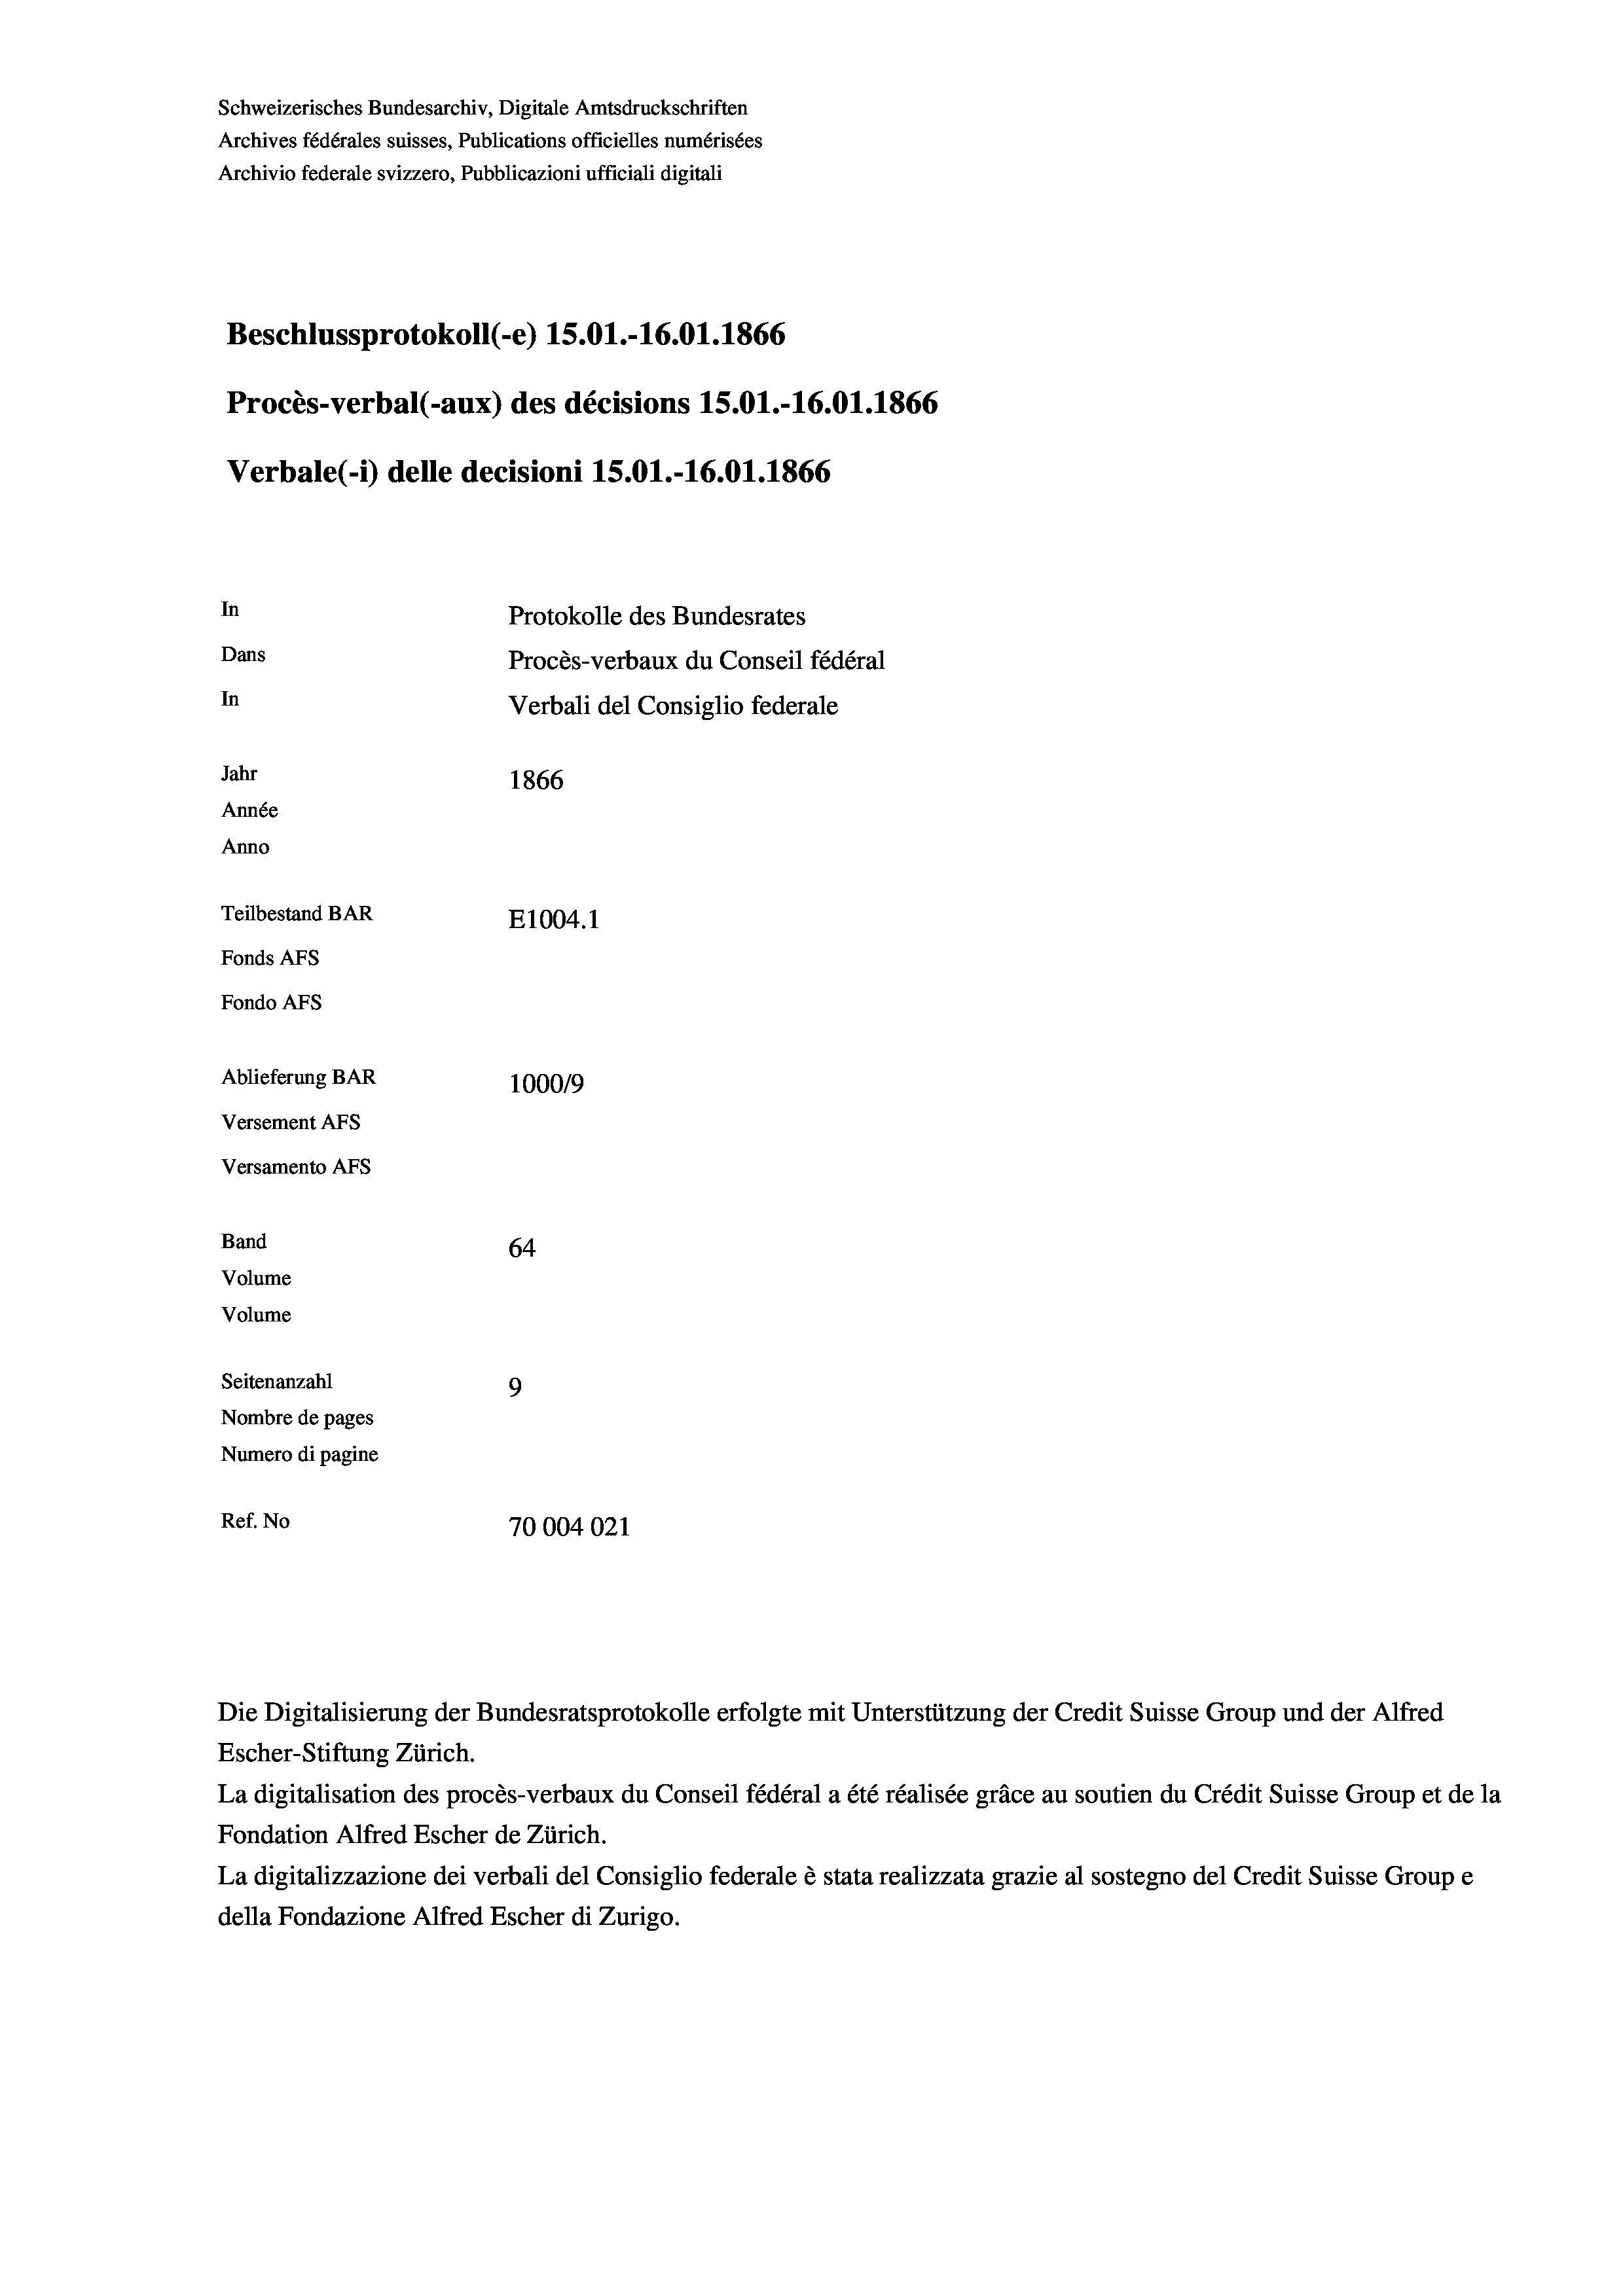
Beschlussprotokoll (-e) 15.01.-16.01. 1866
Procès-verbal (-aux) des décisions 15.01.-16.01. 1866
In
Protokolle des Bundesrates
Dans
Procès-verbaux du Conseil fédéral
In
Verbali del Consiglio federale
Jahr
1866
Année
Anno
Teilbestand BAR
E1004.1
Fonds AFs
Fondo Afs

Ablieferung BAR
Versement AFs
Versamento AFs
Band
Volume
Volume
Seitenanzahl

Schweizerisches Bundesarchiv, Digitale Amtsdruckschriften
Archives fédérales suisses, Publications officielles numérisées
Archivio federale svizzero, Pubblicazioni ufficiali digitali

100019
64
9
Nombre de pages
Numero di pagine
Ref. No
70004021

Verbale(-*) delle decisioni 15.01.-16.01. 1866

Escher-Stiftung Zürich.
La digitalisation des procès-verbaux du Conseil fédéral a été réalisée gräce au soutien du Crédit Suisse Group et de la
Fondation Alfred Escher de Zürich.
La digitalizzazione dei verbali del Consiglio federale è stata realizzata grazie al sostegno del Credit Suisse Groupe
della Fondazione Alfred Escher di Zurigo.

Die Digitalisierung der Bundesratsprotokolle erfolgte mit Unterstützung der Credit Suisse Group und der Alfred